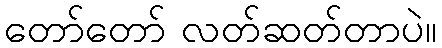
တော်တော် လတ်ဆတ်တာပဲ။